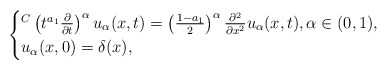
\begin{align*}\begin{cases}{}^C\left(t^{a_1}\frac{\partial}{\partial t}\right)^{\alpha} u_{\alpha}(x,t)=\left(\frac{1-a_1}{2} \right)^\alpha \frac{\partial^2}{\partial x^2}u_{\alpha}(x,t),\alpha \in (0,1),\\u_{\alpha}(x,0)=\delta(x),\end{cases}\end{align*}